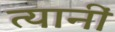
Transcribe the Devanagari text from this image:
त्यानीं